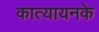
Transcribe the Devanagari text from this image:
कात्यायनके